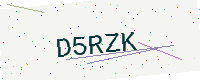
Text: D5RZK